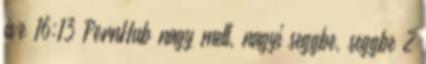
éve 16:13 PornHub nagy mell, nagyi seggbe, seggbe 2